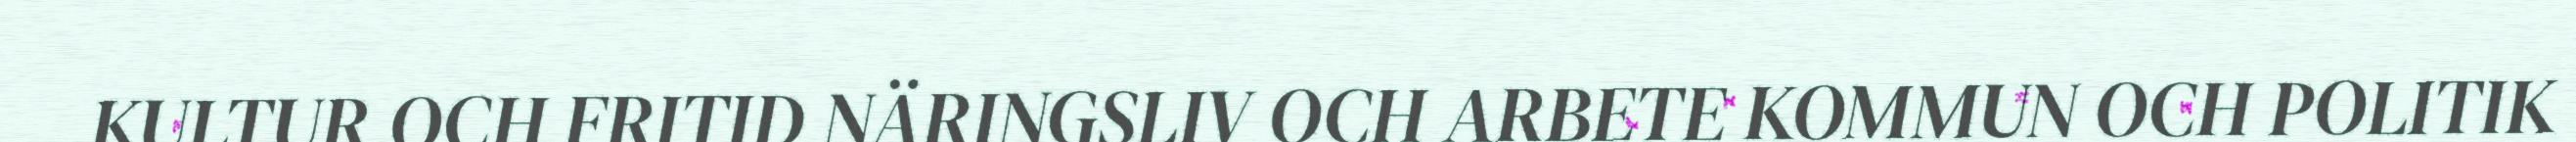
KULTUR OCH FRITID NÄRINGSLIV OCH ARBETE KOMMUN OCH POLITIK